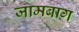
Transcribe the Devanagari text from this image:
जामबाग